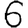
Digit: 6